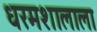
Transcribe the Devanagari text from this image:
धरमशालाला